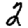
Digit: 2